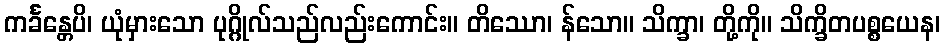
ကင်္ခန္တေပိ၊ ယုံမှားသော ပုဂ္ဂိုလ်သည်လည်းကောင်း။ တိဿော၊ န်သော။ သိက္ခာ၊ တို့ကို။ သိက္ခိတပစ္စယေန၊